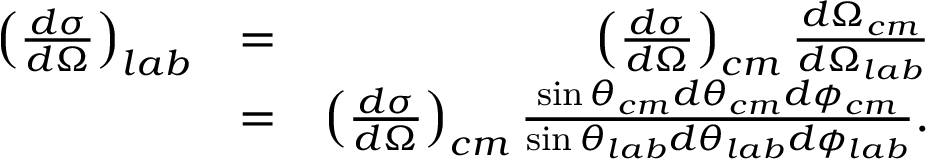
\begin{array} { r l r } { \left( \frac { d \sigma } { d \Omega } \right) _ { l a b } } & { = } & { \left( \frac { d \sigma } { d \Omega } \right) _ { c m } \frac { d \Omega _ { c m } } { d \Omega _ { l a b } } } \\ & { = } & { \left( \frac { d \sigma } { d \Omega } \right) _ { c m } \frac { \sin \theta _ { c m } d \theta _ { c m } d \phi _ { c m } } { \sin \theta _ { l a b } d \theta _ { l a b } d \phi _ { l a b } } . } \end{array}